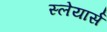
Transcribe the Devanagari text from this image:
स्लेयार्स